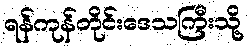
ရန်ကုန်တိုင်းဒေသကြီးသို့